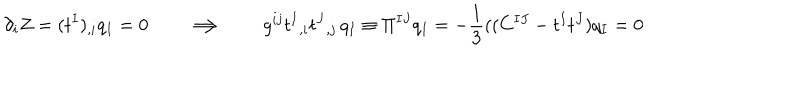
LaTeX: \partial _ { i } Z = ( t ^ { I } ) _ { , i } q _ { I } = 0 \qquad \Longrightarrow \qquad g ^ { i j } t ^ { I } { } _ { , i } t ^ { J } { } _ { , j } \, q _ { I } \equiv \Pi ^ { I J } q _ { I } = - { \frac { 1 } { 3 } } ( ( C ^ { I J } - t ^ { I } t ^ { J } ) q _ { I } = 0